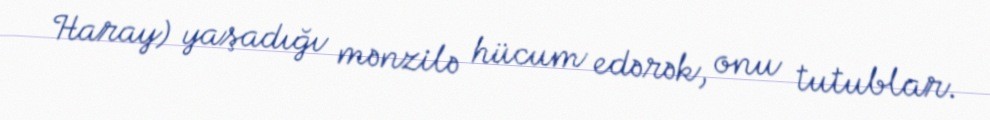
Haray) yaşadığı mənzilə hücum edərək, onu tutublar.